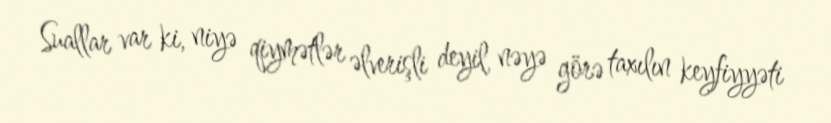
Suallar var ki, niyə qiymətlər əlverişli deyil, nəyə görə taxılın keyfiyyəti